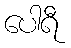
ပေါရီ